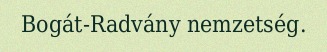
Bogát-Radvány nemzetség.